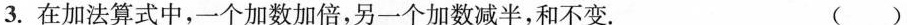
3.在加法算式中，一个加数加倍，另一个加数减半，和不变. ( )